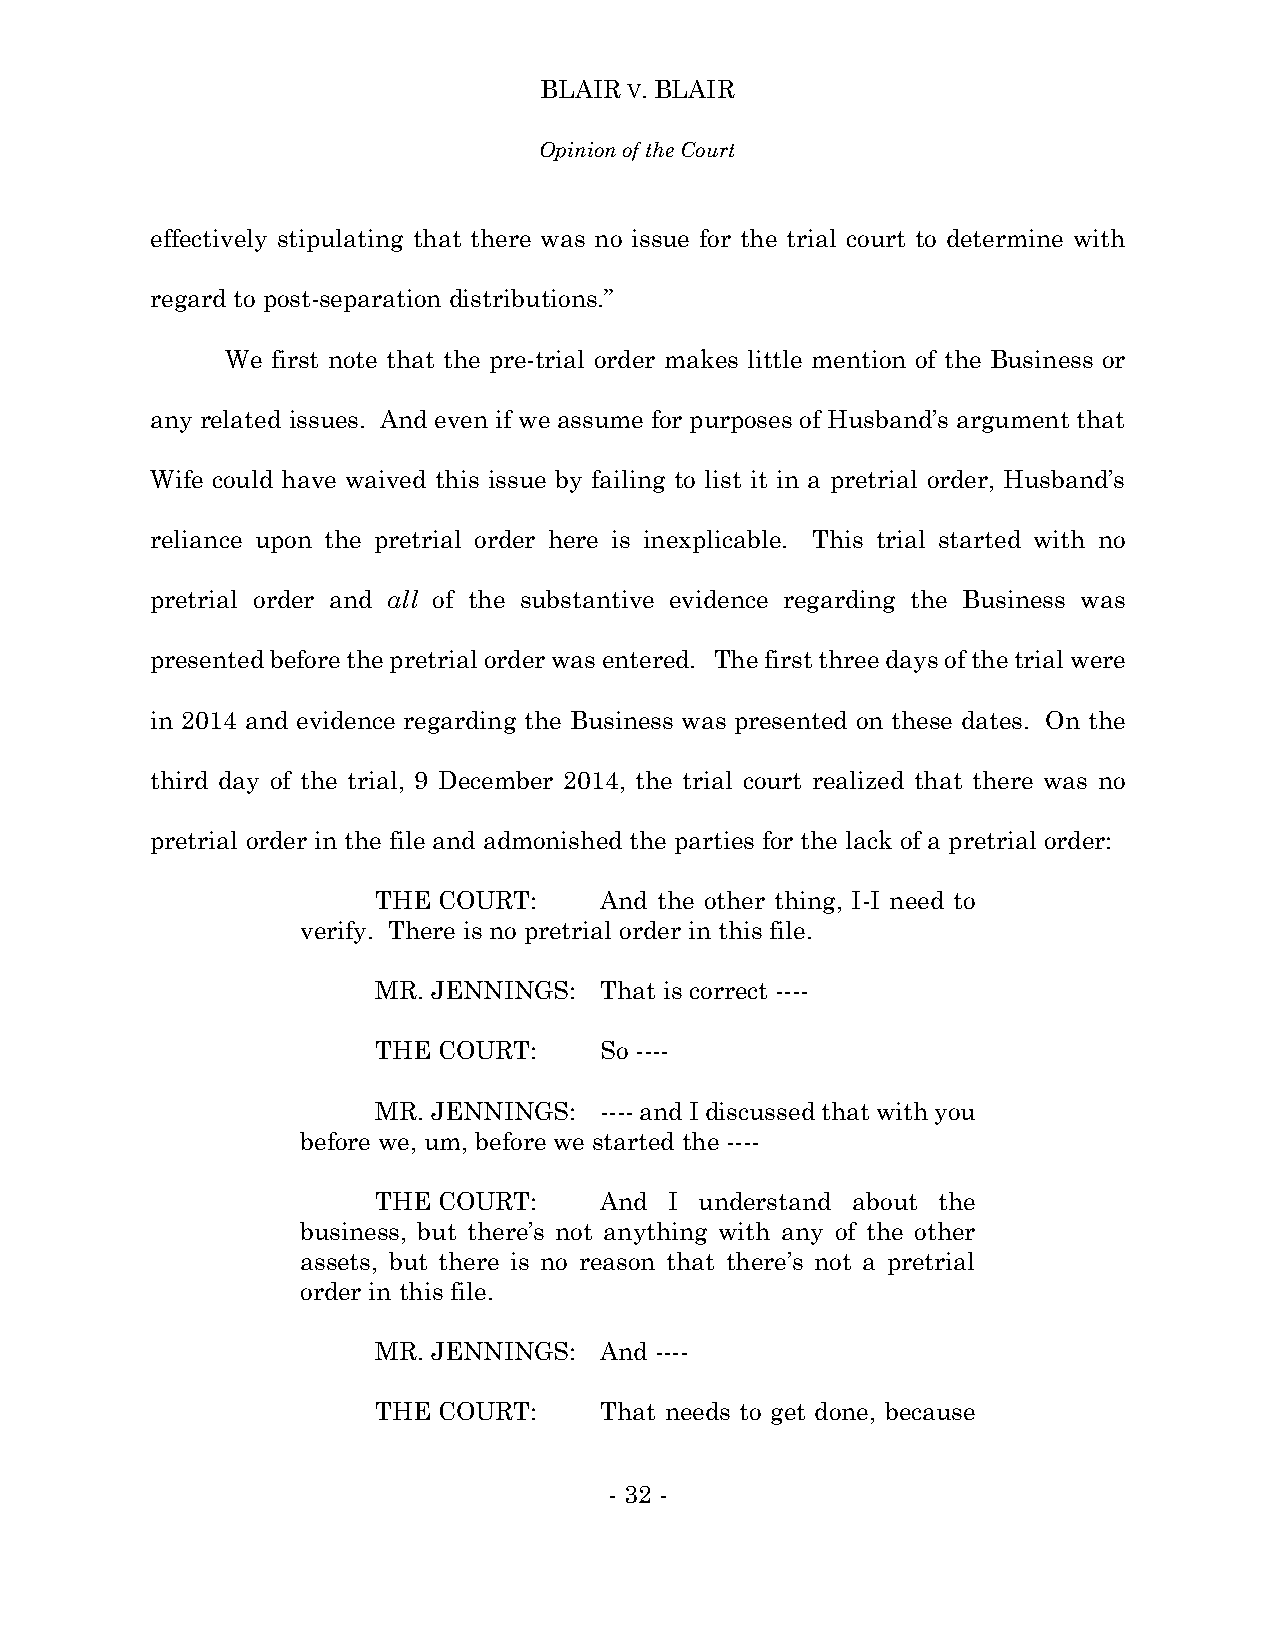
BLAIR V. BLAIR
 Opinion of the Court
 effectively stipulating that there was no issue for the trial court to determine with
 regard to post-separation distributions.”
 We first note that the pre-trial order makes little mention of the Business or
 any related issues. And even if we assume for purposes of Husband’s argument that
 Wife could have waived this issue by failing to list it in a pretrial order, Husband’s
 reliance upon the pretrial order here is inexplicable. This trial started with no
 pretrial order and all of the substantive evidence regarding the Business was
 presented before the pretrial order was entered. The first three days of the trial were
 in 2014 and evidence regarding the Business was presented on these dates. On the
 third day of the trial, 9 December 2014, the trial court realized that there was no
 pretrial order in the file and admonished the parties for the lack of a pretrial order:
 THE COURT:     And the other thing, I-I need to
 verify. There is no pretrial order in this file.
 MR. JENNINGS:  That is correct ----
 THE COURT:     So ----
 MR. JENNINGS:  ---- and I discussed that with you
 before we, um, before we started the ----
 THE COURT:     And I understand about the
 business, but there’s not anything with any of the other
 assets, but there is no reason that there’s not a pretrial
 order in this file.
 MR. JENNINGS:  And ----
 THE COURT:     That needs to get done, because
 - 32 -